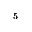
^ 5